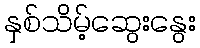
နှစ်သိမ့်ဆွေးနွေး